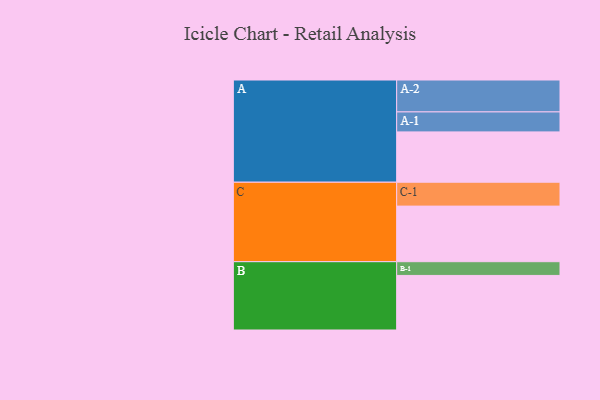
{"axis": {"x": "Segment", "y": "Value"}, "legend": ["", "A", "B", "C"], "data": [{"x": "A", "y": 451, "type": ""}, {"x": "B", "y": 489, "type": ""}, {"x": "C", "y": 498, "type": ""}, {"x": "A-1", "y": 179, "type": "A"}, {"x": "A-2", "y": 286, "type": "A"}, {"x": "B-1", "y": 123, "type": "B"}, {"x": "C-1", "y": 214, "type": "C"}]}